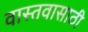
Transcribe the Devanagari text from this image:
वास्तवासाठी